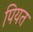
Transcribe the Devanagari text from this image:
पियत